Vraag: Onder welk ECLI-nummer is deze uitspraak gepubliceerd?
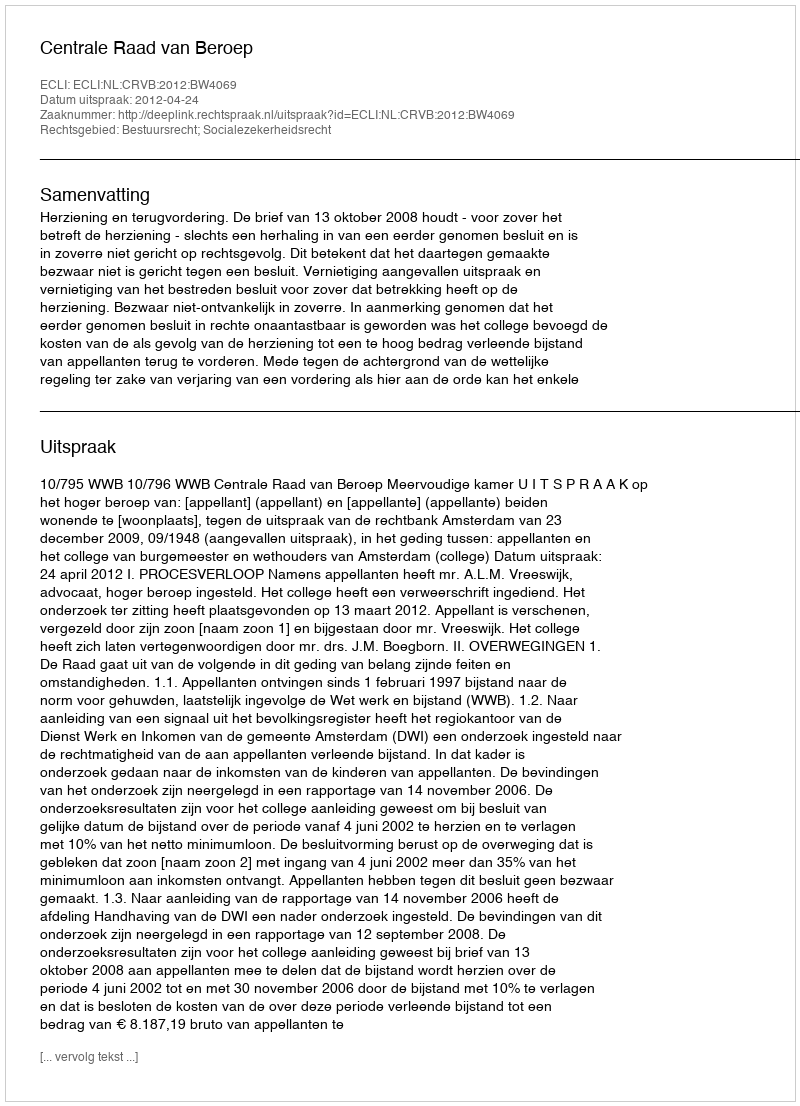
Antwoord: ECLI:NL:CRVB:2012:BW4069